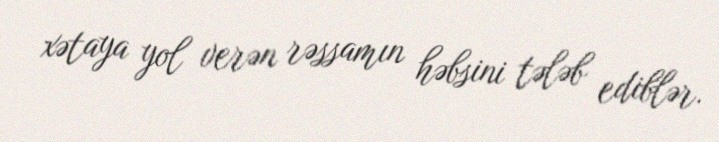
xətaya yol verən rəssamın həbsini tələb ediblər.